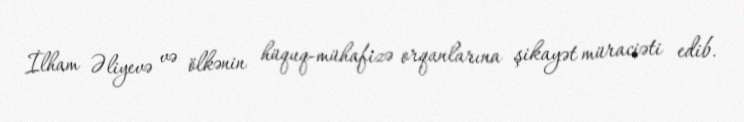
İlham Əliyevə və ölkənin hüquq-mühafizə orqanlarına şikayət müraciəti edib.